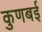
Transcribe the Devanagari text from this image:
कुणबई